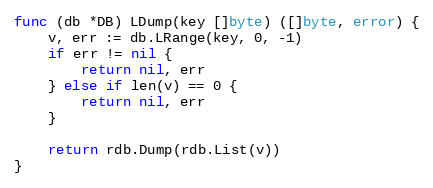
Language: Go
func (db *DB) LDump(key []byte) ([]byte, error) {
	v, err := db.LRange(key, 0, -1)
	if err != nil {
		return nil, err
	} else if len(v) == 0 {
		return nil, err
	}

	return rdb.Dump(rdb.List(v))
}